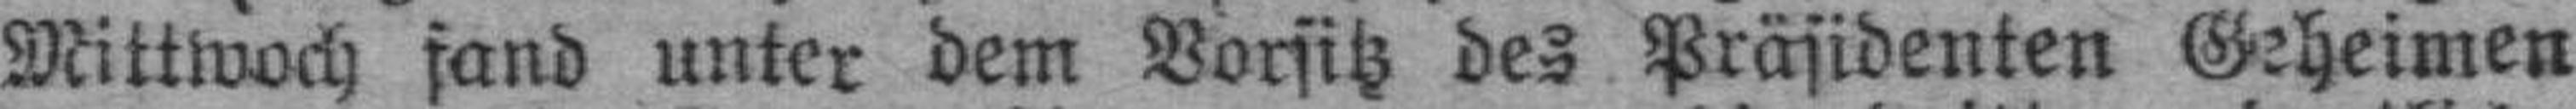
Mittwoch fand unter dem Vorsitz des Präsidenten Geheimen